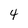
Character: 4